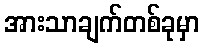
အားသာချက်တစ်ခုမှာ